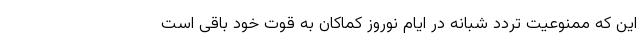
این که ممنوعیت تردد شبانه در ایام نوروز کماکان به قوت خود باقی است